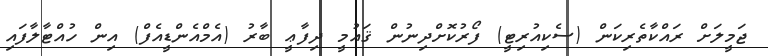
ޖަމީލަށް ރައްކާތެރިކަން (ސެކިއުރިޓީ) ފޯރުކޮށްދިނުން ޤައުމީ ދިފާޢީ ބާރު (އެމްއެންޑީއެފް) އިން ހުއްޓާލާފައި